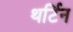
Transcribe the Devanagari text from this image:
थर्टिन